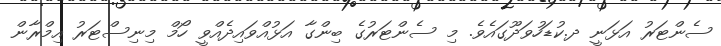
ސެންޓަރު އަޅަނީ ދ.ކުޑަހުވަދޫގައެވެ. މި ސެންޓަރުގެ ބިންގާ އަޅުއްވައިދެއްވީ ހޯމް މިނިސްޓަރު އިމްރާން